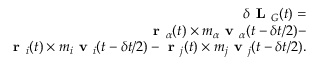
\begin{array} { r } { \delta \textbf { L } _ { G } ( t ) = } \\ { \textbf { r } _ { \alpha } ( t ) \times m _ { \alpha } \textbf { v } _ { \alpha } ( t - \delta t / 2 ) - } \\ { \textbf { r } _ { i } ( t ) \times m _ { i } \textbf { v } _ { i } ( t - \delta t / 2 ) - \textbf { r } _ { j } ( t ) \times m _ { j } \textbf { v } _ { j } ( t - \delta t / 2 ) . } \end{array}